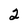
Character: 2